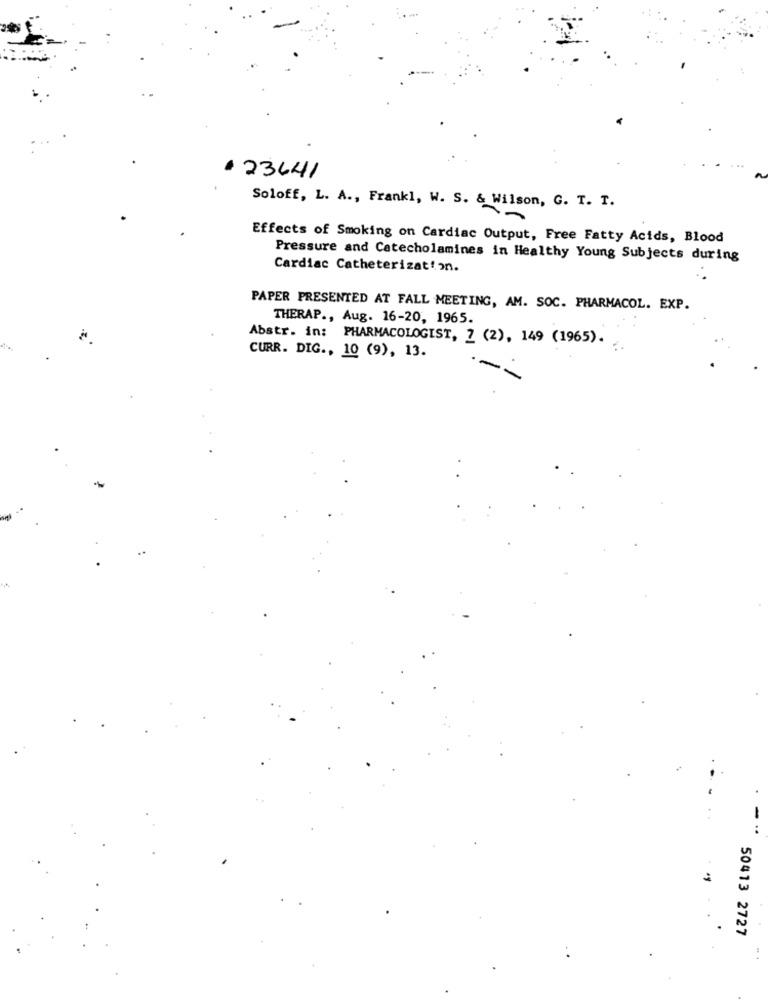
+ 23641
Soloff, L. A ., Frankl, W. S. & Wilson, G. T. T.
Effects of Smoking on Cardiac Output, Free Fatty Acids, Blood
Pressure and Catecholamines in Healthy Young Subjects during
Cardiac Catheterization.
PAPER PRESENTED AT FALL MEETING, AM. SOC. PHARMACOL. EXP.
THERAP ., Aug. 16-20, 1965.
Abstr. in: PHARMACOLOGIST, 7 (2), 149 (1965).
CURR. DIG ., 10 (9), 13.
50413 2727